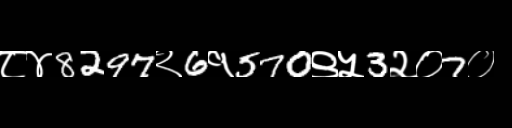
Text: ८४8297२6१570९५3२०7०